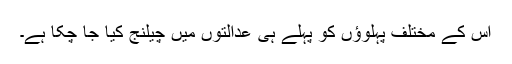
اس کے مختلف پہلوؤں کو پہلے ہی عدالتوں میں چیلنج کیا جا چکا ہے۔